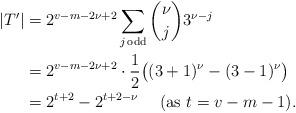
LaTeX: \begin{align*}|T'|&=2^{v-m-2\nu+2}\sum_{j\,{\rm odd}} \binom{\nu}{j} 3^{\nu-j}\\&=2^{v-m-2\nu+2}\cdot\frac{1}{2}\big((3+1)^\nu-(3-1)^\nu\big)\\&=2^{t+2}-2^{t+2-\nu}~~~~\hbox{(as $t=v-m-1$).}\end{align*}